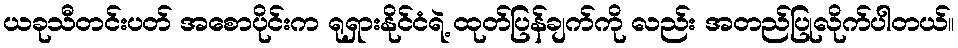
ယခုသီတင်းပတ် အစောပိုင်းက ရုရှားနိုင်ငံရဲ့ ထုတ်ပြန်ချက်ကို လည်း အတည်ပြုလိုက်ပါတယ်။